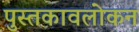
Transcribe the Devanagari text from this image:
पुस्तकावलोकन